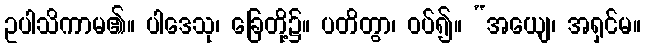
ဥပါသိကာမ၏။ ပါဒေသု၊ ခြေတို့၌။ ပတိတွာ၊ ဝပ်၍။ “အယျေ၊ အရှင်မ။